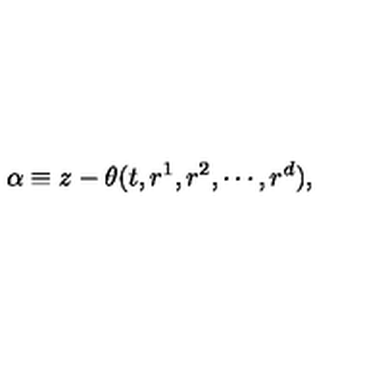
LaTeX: \alpha \equiv z - \theta ( t , r ^ { 1 } , r ^ { 2 } , \cdots , r ^ { d } ) ,